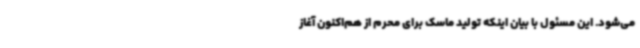
می‌شود. این مسئول با بیان اینکه تولید ماسک برای محرم از هم‌اکنون آغاز